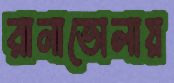
রানাভোলায়